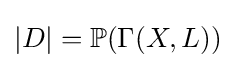
|D|=\mathbb {P} (\Gamma (X,L))